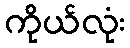
ကိုယ်လုံး